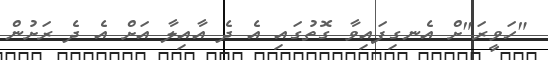
"ހަވީރަ"ށް އެނގިފައިވާ ގޮތުގައި އެ ދެ އާއިލާ އަށް އެ ދެ ރަށުން